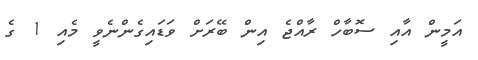
އަމީން އާއި ސޮބާހް ރާއްޖެ އިން ބޭރަށް ވަޑައިގެންނެވީ މެއި 1 ގެ